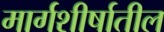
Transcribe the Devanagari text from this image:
मार्गशीर्षातील